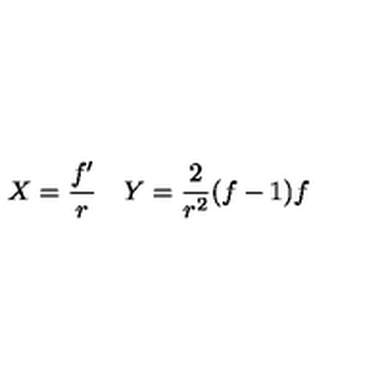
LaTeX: \begin{array} { c c } { X = \displaystyle { \frac { f ^ { \prime } } { r } } } & { Y = \displaystyle { \frac { 2 } { r ^ { 2 } } } ( f - 1 ) f } \\ \end{array}